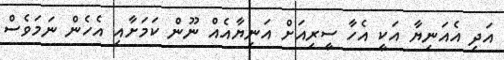
އަދި އެއަނިޔާ އަކީ އެހާ ސީރިއަށް އަނިޔާއެއް ނޫން ކަމަށާއި އެހެން ނަމަވެސް